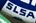
SLSA